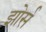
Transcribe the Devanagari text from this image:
झोर्स